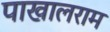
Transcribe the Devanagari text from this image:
पाखालराम